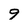
Character: 9